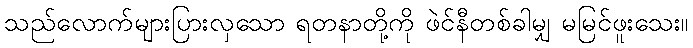
သည်လောက်များပြားလှသော ရတနာတို့ကို ဖဲင်နီတစ်ခါမျှ မမြင်ဖူးသေး။